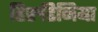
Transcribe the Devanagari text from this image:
हिरुडिनिया